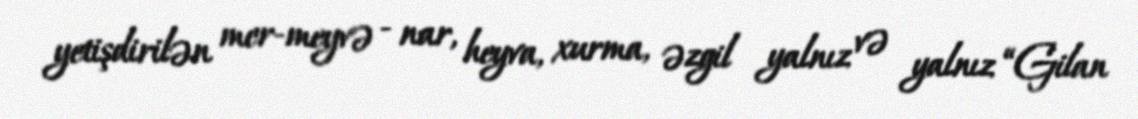
yetişdirilən mer-meyvə - nar, heyva, xurma, əzgil yalnız və yalnız “Gilan